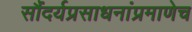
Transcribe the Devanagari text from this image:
सौंदर्यप्रसाधनांप्रमाणेच